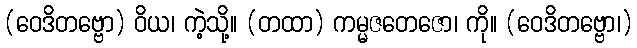
(ဝေဒိတဗ္ဗော) ဝိယ၊ ကဲ့သို့။ (တထာ) ကမ္မဇတေဇော၊ ကို။ (ဝေဒိတဗ္ဗော၊)